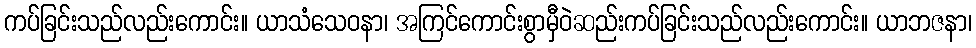
ကပ်ခြင်းသည်လည်းကောင်း။ ယာသံသေဝနာ၊ အကြင်ကောင်းစွာမှီဝဲဆည်းကပ်ခြင်းသည်လည်းကောင်း။ ယာဘဇနာ၊